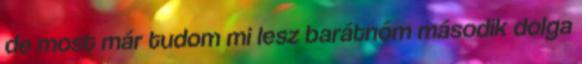
de most már tudom mi lesz barátnőm második dolga